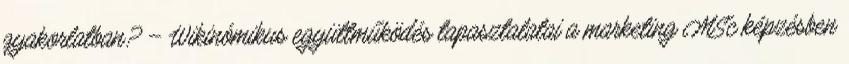
gyakorlatban? – Wikinómikus együttműködés tapasztalatai a marketing MSc képzésben